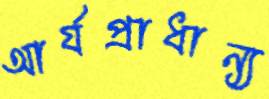
আর্যপ্রাধান্য